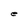
Character: e